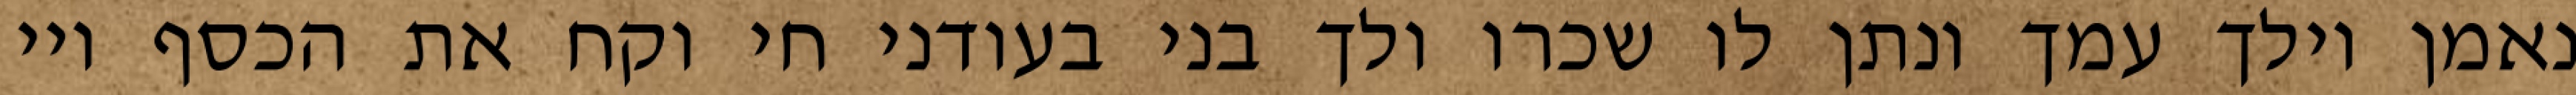
נאמן וילך עמך ונתן לו שכרו ולך בני בעודני חי וקח את הכסף ויי